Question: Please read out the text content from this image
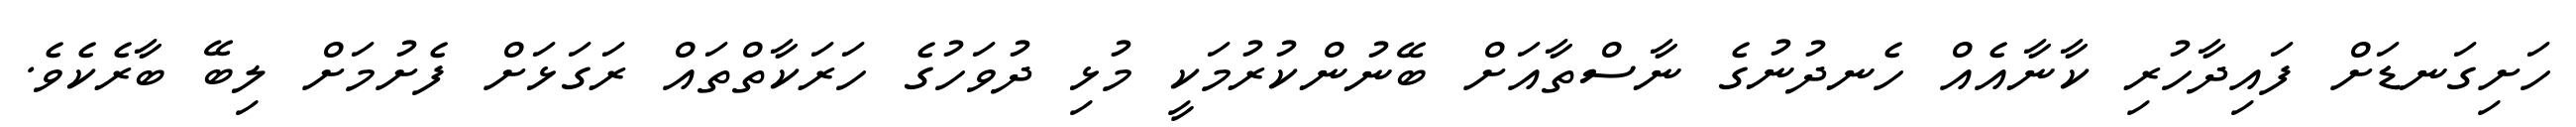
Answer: ހަށިގަނޑަށް ފައިދާހުރި ކާނާއެއް ހެނދުނުގެ ނާސްތާއަށް ބޭނުންކުރުމަކީ މުޅި ދުވަހުގެ ހަރަކާތްތައް ރަގަޅަށް ފެށުމަށް ލިބޭ ބާރެކެވެ.